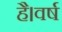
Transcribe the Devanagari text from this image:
है।वर्ष